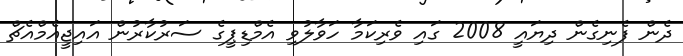
ދެން ފެނިގެން ދިޔައީ 2008 ގައި ވެރިކަމާ ހަވާލުވި އެމްޑިޕީގެ ސަރުކާރުން އައިޖީއެމްއެޗް